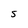
Character: 5